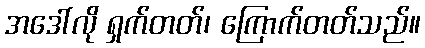
အဒေါ်လို ရှက်တတ်၊ ကြောက်တတ်သည်။